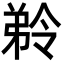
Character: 𭚾